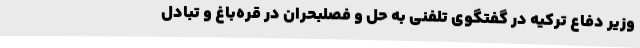
وزیر دفاع ترکیه در گفتگوی تلفنی به حل و فصلبحران در قره‌باغ و تبادل